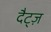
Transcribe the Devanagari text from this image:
दैट्ज़